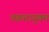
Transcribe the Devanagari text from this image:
वक्रतायुक्त